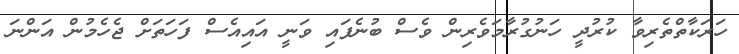
ހަރަކާތްތެރިވާ ކުރުދީ ހަނުގުރާމަވެރިން ވެސް ބުނެފައި ވަނީ އައިއެސް ފަހަތަށް ޖެހެމުން އަންނަ